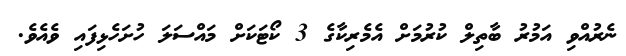
ނެރުއްވި އަމުރު ބާތިލް ކުރުމަށް އެމެރިކާގެ 3 ކޯޓަކަށް މައްސަލަ ހުށަހެޅިފައި ވެއެވެ.